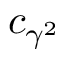
c _ { \gamma ^ { 2 } }